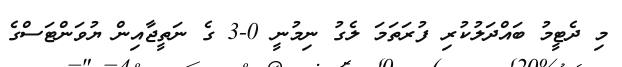
މި ދެޓީމު ބައްދަލުކުރި ފުރަތަމަ ލެގު ނިމުނީ 0-3 ގެ ނަތީޖާއިން ޔުވަންޓަސްގެ